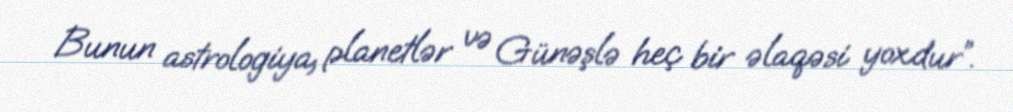
Bunun astrologiya, planetlər və Günəşlə heç bir əlaqəsi yoxdur”.